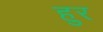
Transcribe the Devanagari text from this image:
हुर